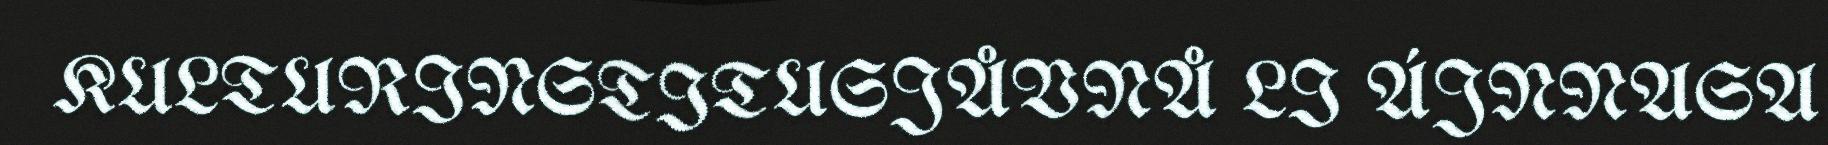
KULTURINSTITUSJÅVNÅ LI ÁJNNASA